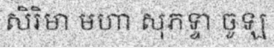
សិរិមា មហា សុភទ្ទា ចូឡ